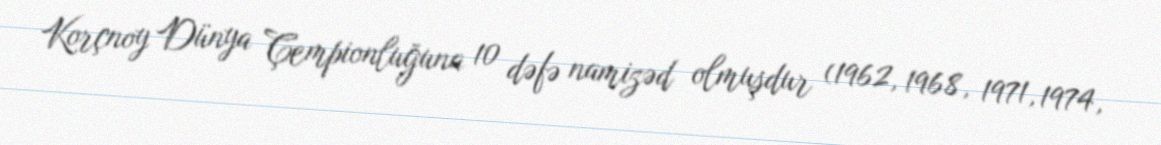
Korçnoy Dünya Çempionluğuna 10 dəfə namizəd olmuşdur (1962, 1968, 1971, 1974,